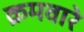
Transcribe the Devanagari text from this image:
क्रमवारे